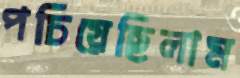
পচিয়েছিলাম